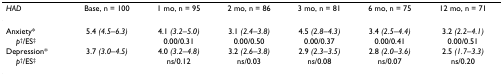
<table><thead><tr><td><b><i>HAD</i></b></td><td><b>Base, n = 100</b></td><td><b>1 mo, n = 95</b></td><td><b>2 mo, n = 86</b></td><td><b>3 mo, n = 81</b></td><td><b>6 mo, n = 75</b></td><td><b>12 mo, n = 71</b></td></tr></thead><tbody><tr><td>Anxiety*</td><td>5.4 <i>(4.5–6.3)</i></td><td>4.1 <i>(3.2–5.0)</i></td><td>3.1 <i>(2.4–3.8)</i></td><td>4.5 <i>(2.8–4.3)</i></td><td>3.4 <i>(2.5–4.4)</i></td><td>3.2 <i>(2.2–4.1)</i></td></tr><tr><td> <i>p</i><sup>†</sup>/ES<sup>‡</sup></td><td></td><td>0.00/0.31</td><td>0.00/0.50</td><td>0.00/0.37</td><td>0.00/0.41</td><td>0.00/0.51</td></tr><tr><td>Depression*</td><td>3.7 <i>(3.0–4.5)</i></td><td>4.0 <i>(3.2–4.8)</i></td><td>3.2 <i>(2.6–3.8)</i></td><td>2.9 <i>(2.3–3.5)</i></td><td>2.8 <i>(2.0–3.6)</i></td><td>2.5 <i>(1.7–3.3)</i></td></tr><tr><td> <i>p</i><sup>†</sup>/ES<sup>‡</sup></td><td></td><td>ns/0.12</td><td>ns/0.03</td><td>ns/0.08</td><td>ns/0.07</td><td>ns/0.20</td></tr></tbody></table>